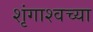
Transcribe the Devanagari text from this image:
शृंगाश्वच्या